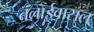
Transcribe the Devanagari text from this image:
तलाईवासल